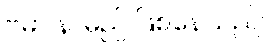
ဗမာ နာမည် ဖြစ်နေသည်။